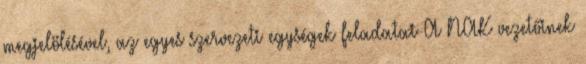
megjelölésével, az egyes szervezeti egységek feladatai A NAK vezetőinek